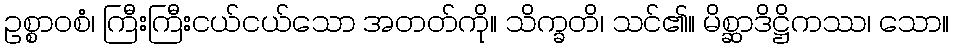
ဥစ္စာဝစံ၊ ကြီးကြီးငယ်ငယ်သော အတတ်ကို။ သိက္ခတိ၊ သင်၏။ မိစ္ဆာဒိဋ္ဌိကဿ၊ သော။